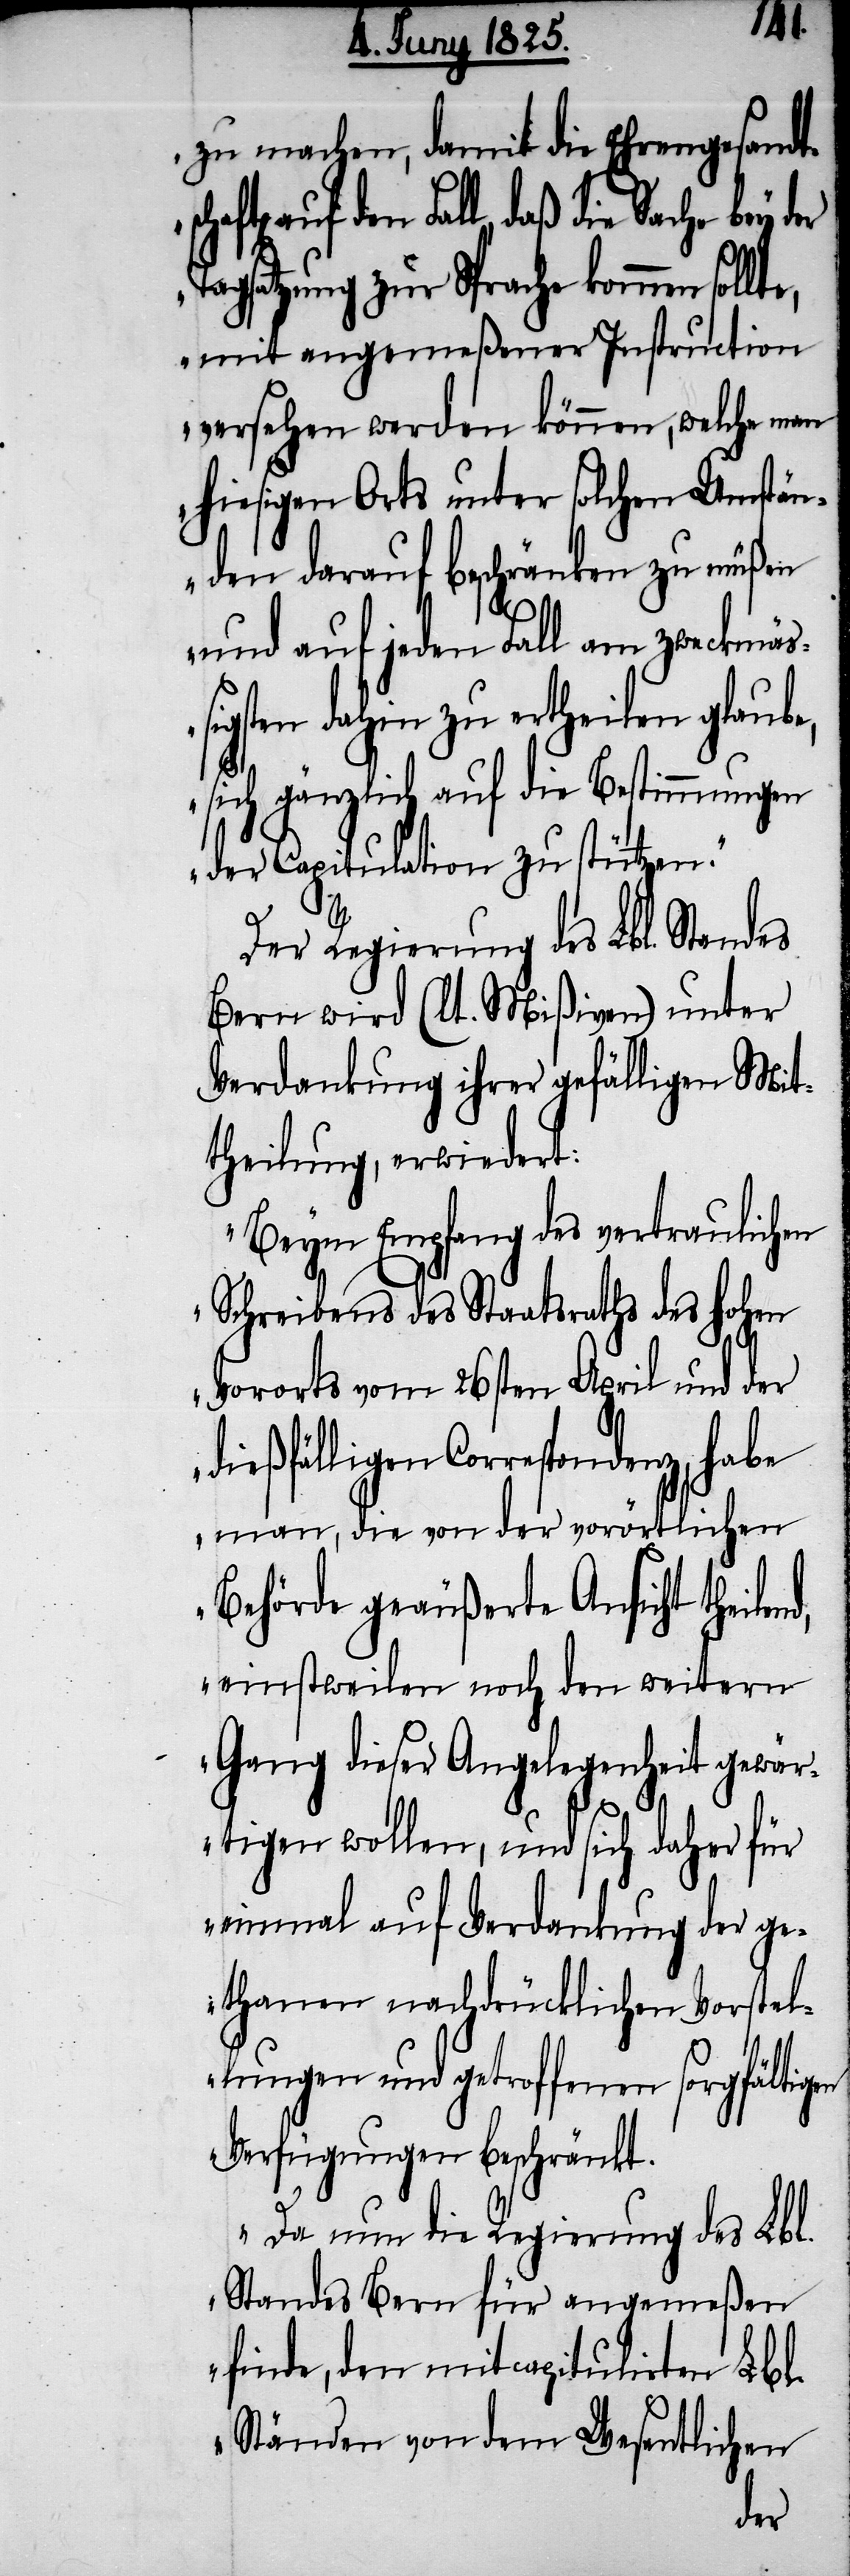
zu machen, damit die Ehrengesandt¬
schaften auf den Fall, daß die
Tagsatzung zur Sprache kommen sollt¬
e, mit angemeßener Instruction
versehen werden können, welche man
hiesigen Orts unter solchen Umstän¬
den darauf beschränken zu müßen
und auf jeden Fall am zweckmä¬
ßigsten dahin zu ertheilen glaube,
sich gänzlich auf die Bestimmungen
der Capitulation zu stützen.“
Der Regierung des Lbl. Standes
Bern wird (lt. Mißiven) unter
Verdankung ihrer gefälligen Mit¬
theilung, erwiedert:
„Beym Empfang des vertraulichen
Schreibens des Staatsraths des hohen
Vororts vom 26sten April und der
dießfälligen Correspondenz,
man, die von der vorörtlichen
Behörde geäußerte Ansicht theilen¬
einstweilen noch den weitern
Gang dieser Angelegenheit gewär¬
tigen wollen, und sich daher für
einmal auf Verdankung der ge¬
thanen nachdrücklichen Vorstel¬
lungen und getroffenen sorgfältigen
Verfügungen beschränkt.
Da nun die Regierung des Lbl.
Standes Bern für angemeßen
finde, den mitcapitulirten Lbl.
Ständen von dem Wesentlichen
d,